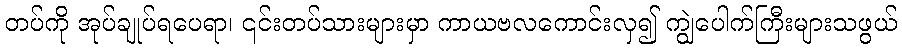
တပ်ကို အုပ်ချုပ်ရပေရာ၊ ၎င်းတပ်သားများမှာ ကာယဗလကောင်းလှ၍ ကျွဲပေါက်ကြီးများသဖွယ်